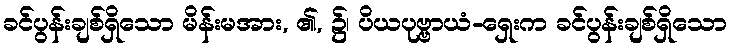
ခင်ပွန်းချစ်ရှိသော မိန်းမအား, ၏, ၌၊ ပိယပုဗ္ဗာယံ-ရှေးက ခင်ပွန်းချစ်ရှိသော